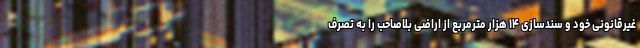
غیرقانونی خود و سندسازی ۱۴ هزار مترمربع از اراضی بلاصاحب را به تصرف